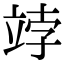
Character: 𥩾